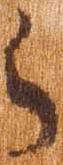
ら